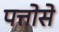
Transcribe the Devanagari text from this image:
पत्तोसे